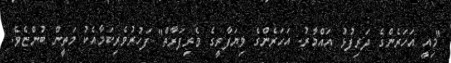
"މިއީ އަހަރެންގެ ދަރިފުޅު އައްމާރު. އަހަރެންގެ ވިޔަފާރީގެ ވެރިފަރާތް" ފަހުރުވެރިކަމާއެކު މަތީން ބުންޏެވެ.